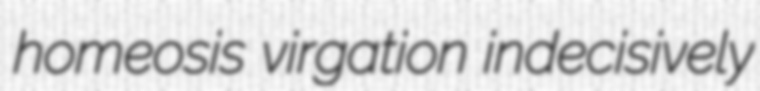
homeosis virgation indecisively